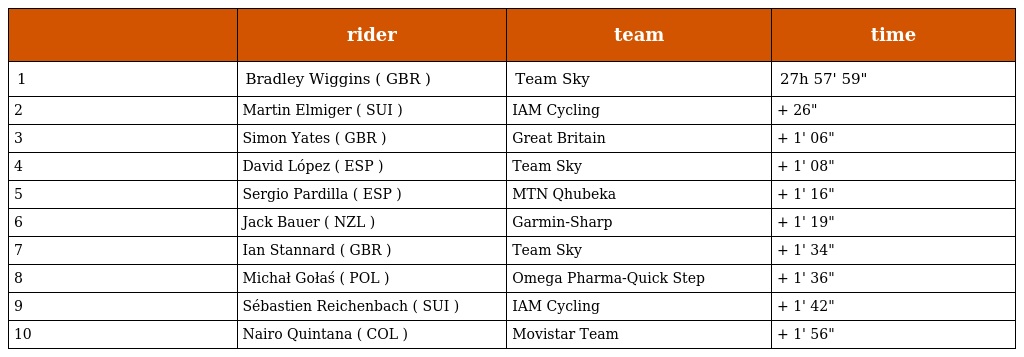
|  | rider | team | time |
 | --- | --- | --- | --- |
 | 1 | Bradley Wiggins ( GBR ) | Team Sky | 27h 57' 59" |
 | 2 | Martin Elmiger ( SUI ) | IAM Cycling | + 26" |
 | 3 | Simon Yates ( GBR ) | Great Britain | + 1' 06" |
 | 4 | David López ( ESP ) | Team Sky | + 1' 08" |
 | 5 | Sergio Pardilla ( ESP ) | MTN Qhubeka | + 1' 16" |
 | 6 | Jack Bauer ( NZL ) | Garmin-Sharp | + 1' 19" |
 | 7 | Ian Stannard ( GBR ) | Team Sky | + 1' 34" |
 | 8 | Michał Gołaś ( POL ) | Omega Pharma-Quick Step | + 1' 36" |
 | 9 | Sébastien Reichenbach ( SUI ) | IAM Cycling | + 1' 42" |
 | 10 | Nairo Quintana ( COL ) | Movistar Team | + 1' 56" |